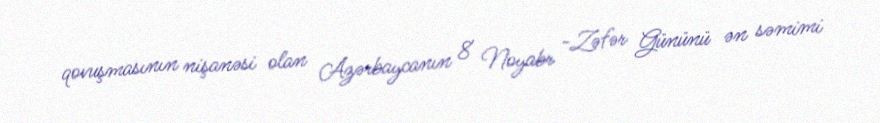
qovuşmasının nişanəsi olan Azərbaycanın 8 Noyabr -Zəfər Gününü ən səmimi